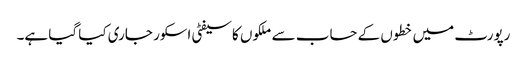
رپورٹ میں خطوں کے حساب سے ملکوں کاسیفٹی اسکور جاری کیا گیا ہے۔